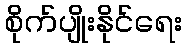
စိုက်ပျိုးနိုင်ရေး